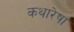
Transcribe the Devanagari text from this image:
कथारेषा